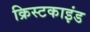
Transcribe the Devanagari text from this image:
क्रिस्टकाइंड